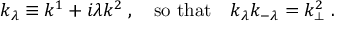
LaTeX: k _ { \lambda } \equiv k ^ { 1 } + i \lambda k ^ { 2 } \; , \quad \mathrm { s o ~ t h a t } \quad k _ { \lambda } k _ { - \lambda } = k _ { \perp } ^ { 2 } \; .